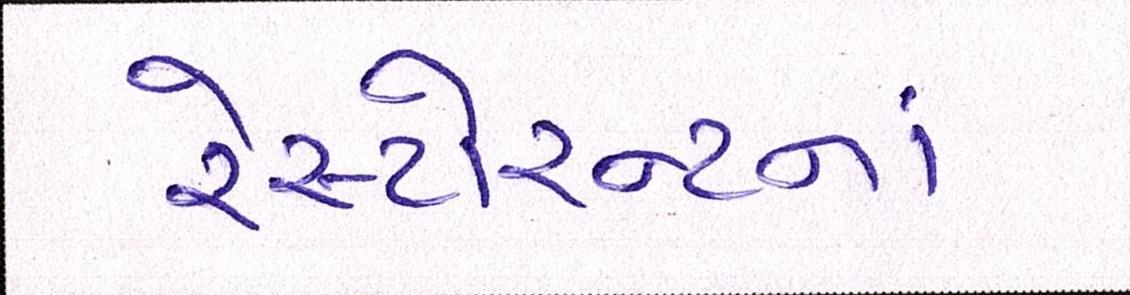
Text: રેસ્ટોરન્ટનાં